Problem: 17 + 39 = ?
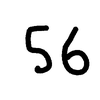
Handwritten answer: 56